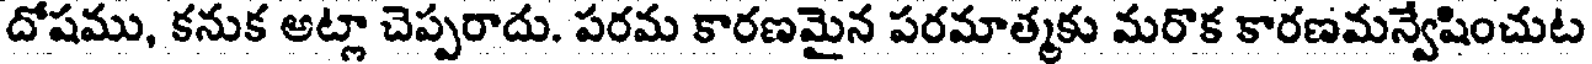
దోషము, కనుక అట్లా చెప్పరాదు. పరమ కారణమైన పరమాత్మకు మరొక కారణమన్వేషించుట